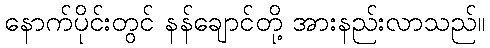
နောက်ပိုင်းတွင် နန်ချောင်တို့ အားနည်းလာသည်။